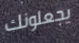
يجعلونك